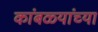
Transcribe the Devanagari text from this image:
कांबळ्यांच्या